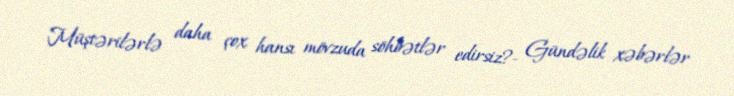
Müştərilərlə daha çox hansı mövzuda söhbətlər edirsiz?- Gündəlik xəbərlər